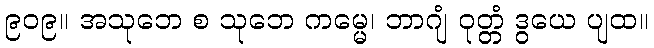
၉၀၉။ အသုဘေ စ သုဘေ ကမ္မေ၊ ဘာဂျံ ဝုတ္တံ ဒွယေ ပျထ။